Vaccination in Bombay 1869-1873 - 1869-1873
Year: 1869
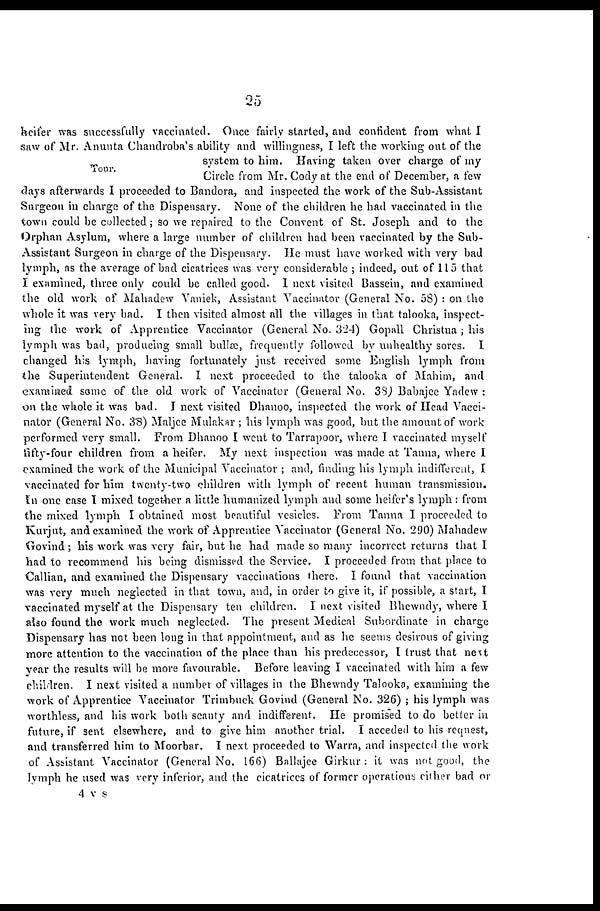
25
Tour.
heifer was successfully vaccinated. Once fairly started, and confident from what I
saw of Mr. Anunta Chandroba's ability and willingness, I left the working out of the
system to him. Having taken over charge of my
Circle from Mr. Cody at the end of December, a few
days afterwards I proceeded to Bandora, and inspected the work of the Sub-Assistant
Surgeon in charge of the Dispensary. None of the children he had vaccinated in the
town could be collected ; so we repaired to the Convent of St. Joseph and to the
Orphan Asylum, where a large number of children had been vaccinated by the Sub-
Assistant Surgeon in charge of the Dispensary. He must have worked with very bad
lymph, as the average of bad cicatrices was very considerable ; indeed, out of 115 that
I examined, three only could be called good. I next visited Bassein, and examined
the old work of Mahadew Vaniek, Assistant Vaccinator (General No. 58) : on the
whole it was very bad. I then visited almost all the villages in that talooka, inspect-
ing the work of Apprentice Vaccinator (General No. 324) Gopall Christna ; his
lymph was bad, producing small bullæ, frequently followed by unhealthy sores. I
changed his lymph, having fortunately just received some English lymph from
the Superintendent General. I next proceeded to the talooka of Mahim, and
examined some of the old work of Vaccinator (General No. 38) Babajee Yadew :
on the whole it was bad. I next visited Dhanoo, inspected the work of Head Vacci-
nator (General No. 38) Maljee Mulakar ; his lymph was good, but the amount of work
performed very small. From Dhanoo I went to Tarrapoor, where I vaccinated myself
fifty-four children from a heifer. My next inspection was made at Tanna, where I
examined the work of the Municipal Vaccinator ; and, finding his lymph indifferent, I
vaccinated for him twenty-two children with lymph of recent human transmission.
In one case I mixed together a little humanized lymph and some heifer's lymph: from
the mixed lymph I obtained most beautiful vesicles. From Tanna I proceeded to
Kurjut, and examined the work of Apprentice Vaccinator (General No. 290) Mahadew
Govind; his work was very fair, but he had made so many incorrect returns that I
had to recommend his being dismissed the Service. I proceeded from that place to
Callian, and examined the Dispensary vaccinations there. I found that vaccination
was very much neglected in that town, and, in order to give it, if possible, a start, I
vaccinated myself at the Dispensary ten children. I next visited Bhewndy, where I
also found the work much neglected. The present Medical Subordinate in charge
Dispensary has not been long in that appointment, and as he seems desirous of giving
more attention to the vaccination of the place than his predecessor, I trust that next
year the results will be more favourable. Before leaving I vaccinated with him a few
children. I next visited a number of villages in the Bhewndy Talooka, examining the
work of Apprentice Vaccinator Trimbuck Govind (General No. 326) ; his tymph was
worthless, and his work both scanty and indifferent. He promised to do better in
future, if sent elsewhere, and to give him another trial. I acceded to his request,
and transferred him to Moorbar. I next proceeded to Warra, and inspected the work
of Assistant Vaccinator (General No. 166) Ballajee Girkur : it was not good, the
lymph he used was very inferior, and the cicatrices of former operations either bad or
4 v s